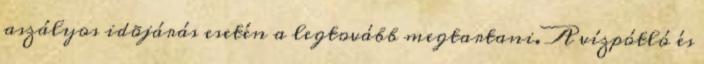
aszályos idõjárás esetén a legtovább megtartani. A vízpótló és